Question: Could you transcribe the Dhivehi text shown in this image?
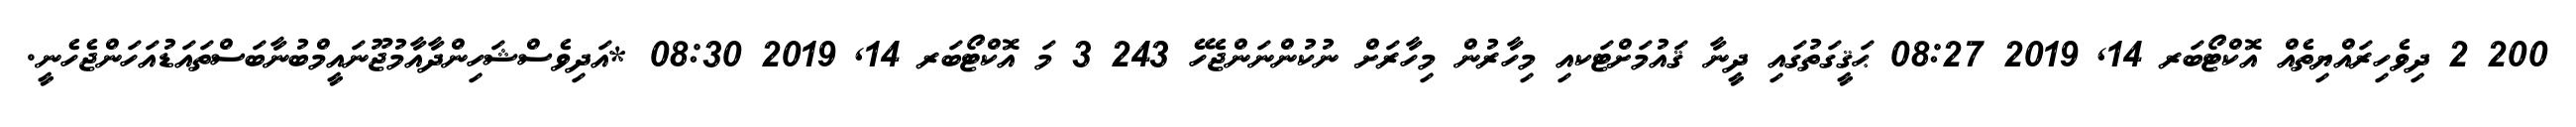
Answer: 200 2 ދިވެހިރައްޔިތެއް އޮކްޓޯބަރ 14, 2019 08:27 ޙަޤީގަތުގައި ދީނާ ޤައުމަށްޓަކއި މިހާރުން މިހާރަށް ނުކުންނަންޖެހޭ 243 3 މަ އޮކްޓޯބަރ 14, 2019 08:30 *އަދިވެސްޝަހިންދާއާމުޖޫނައީމްބުނާބަސްތައަޑުއަހަންޖެހެނީ.